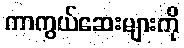
ကာကွယ်ဆေးများကို